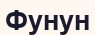
Фунун